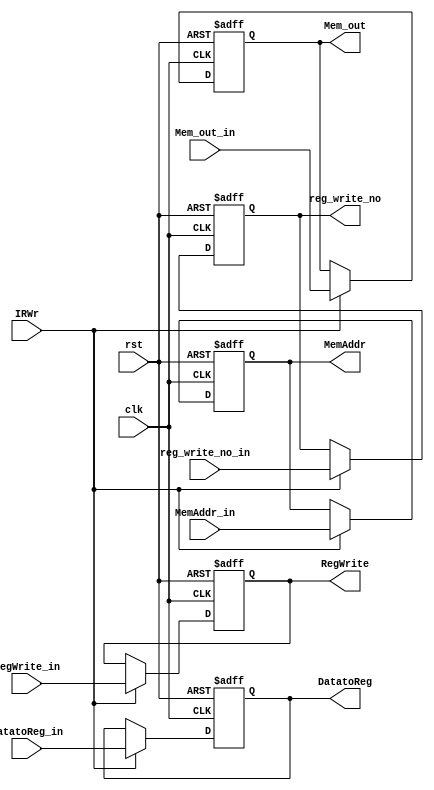
module MEM_WB (clk, rst, IRWr, 
MemAddr_in, Mem_out_in, reg_write_no_in, RegWrite_in, DatatoReg_in,
MemAddr, Mem_out, reg_write_no, RegWrite, DatatoReg);
   input clk;
   input rst;
   input IRWr; 

   input [31:0] MemAddr_in;
   input [31:0] Mem_out_in;
   input [4:0] reg_write_no_in;
   input RegWrite_in;
   input [1:0] DatatoReg_in;

   output reg [31:0] MemAddr;
   output reg [31:0] Mem_out;
   output reg [4:0] reg_write_no;
   output reg RegWrite;
   output reg [1:0] DatatoReg;
               
   always @(posedge clk or posedge rst) begin
      if ( rst ) begin
         MemAddr <= 0;
         Mem_out <= 0;
         reg_write_no <= 0;
         RegWrite <= 0;
         DatatoReg <= 0;
      end
      else if (IRWr) begin
         MemAddr <= MemAddr_in;
         Mem_out <= Mem_out_in;
         reg_write_no <= reg_write_no_in;
         RegWrite <= RegWrite_in;
         DatatoReg <= DatatoReg_in;
      end
   end  
endmodule